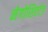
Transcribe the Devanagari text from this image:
नेगोशिएटेड